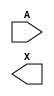
module sky130_fd_sc_hvl__lsbuflv2hv_symmetric (
    //# {{data|Data Signals}}
    input  A,
    output X
);

    // Voltage supply signals
    supply1 VPWR ;
    supply0 VGND ;
    supply1 LVPWR;
    supply1 VPB  ;
    supply0 VNB  ;

endmodule